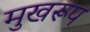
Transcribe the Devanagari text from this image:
मुखरूप